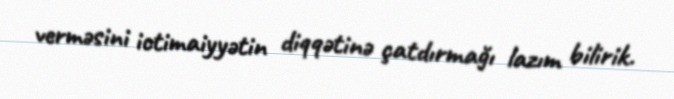
verməsini ictimaiyyətin diqqətinə çatdırmağı lazım bilirik.